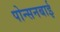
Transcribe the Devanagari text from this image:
पोन्सनबाई